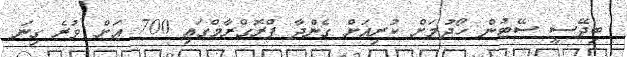
ބިދޭސީ ސޭޓުން ހޯދުމަށް ކުރިއަށް ގެންދާ ޕްރޮގްރާމްގައި 700 އަށް ވުރެ ގިނަ